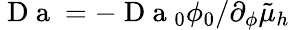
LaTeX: \mathrm{~D~a~}=-\mathrm{~D~a~}_{0}\phi_{0}/\partial_{\phi}\tilde{\mu}_{h}